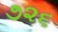
૭૨૬